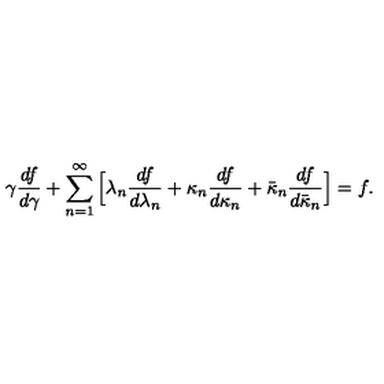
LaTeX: \gamma \frac { d f } { d \gamma } + \sum _ { n = 1 } ^ { \infty } \Big [ \lambda _ { n } \frac { d f } { d \lambda _ { n } } + \kappa _ { n } \frac { d f } { d \kappa _ { n } } + \bar { \kappa } _ { n } \frac { d f } { d \bar { \kappa } _ { n } } \Big ] = f .